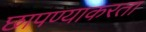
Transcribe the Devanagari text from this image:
छापण्याकरता